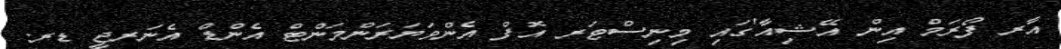
އާރ ފޯރަމް އިން އޭޝިއާ'ގައި މިނިސްޓަރ އޮފް އެންވަޔަރަންމަންޓް އެންޑް އެނަރޖީ ޑރ.